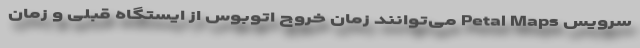
سرویس Petal Maps می‌توانند زمان خروج اتوبوس از ایستگاه قبلی و زمان